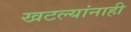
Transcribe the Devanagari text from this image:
खटल्यांनाही